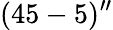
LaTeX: (45-5)^{\prime\prime}